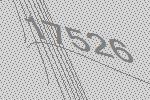
17526